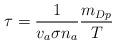
LaTeX: \begin{align*}\tau = \frac{1}{v_a \sigma n_a} \frac{m_{Dp}}{T}\end{align*}